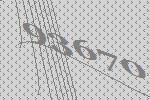
93670